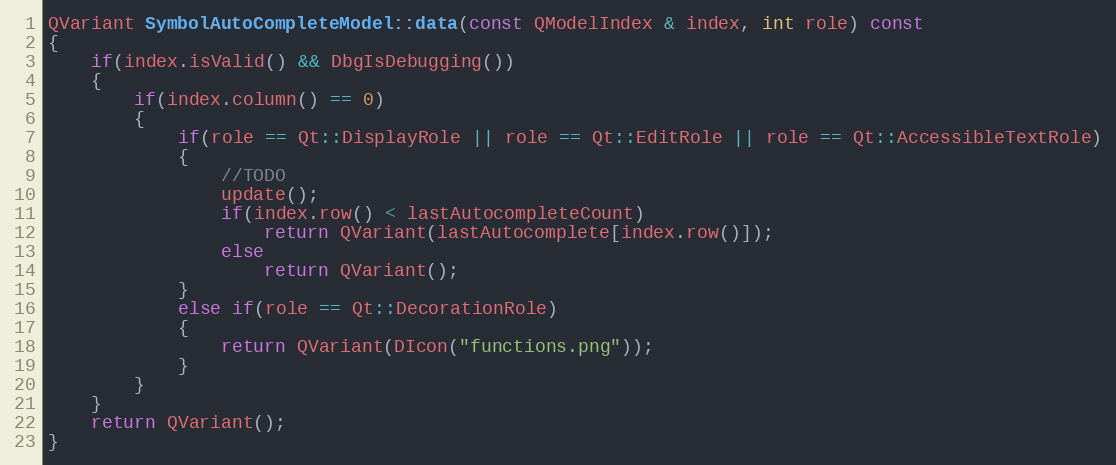
Language: C++
QVariant SymbolAutoCompleteModel::data(const QModelIndex & index, int role) const
{
    if(index.isValid() && DbgIsDebugging())
    {
        if(index.column() == 0)
        {
            if(role == Qt::DisplayRole || role == Qt::EditRole || role == Qt::AccessibleTextRole)
            {
                //TODO
                update();
                if(index.row() < lastAutocompleteCount)
                    return QVariant(lastAutocomplete[index.row()]);
                else
                    return QVariant();
            }
            else if(role == Qt::DecorationRole)
            {
                return QVariant(DIcon("functions.png"));
            }
        }
    }
    return QVariant();
}